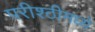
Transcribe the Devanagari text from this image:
परीश्ठीमध्ये